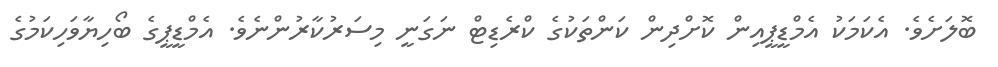
ބޮލަށެވެ. އެކަމަކު އެމްޑީޕީއިން ކޮށްދިން ކަންތަކުގެ ކްރެޑިޓް ނަގަނީ މިސަރުކާރުންނެވެ. އެމްޑީޕީގެ ބޯހިޔާވަހިކަމުގެ